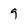
Character: g